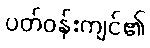
ပတ်ဝန်းကျင်၏